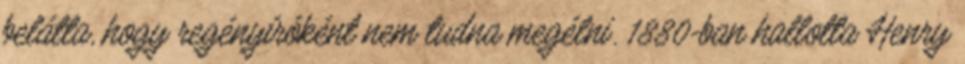
belátta, hogy regényíróként nem tudna megélni. 1880-ban hallotta Henry